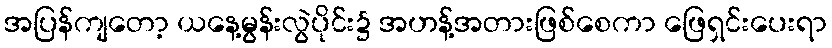
အပြန်ကျတော့ ယနေ့မွန်းလွဲပိုင်း၌ အဟန့်အတားဖြစ်စေကာ ဖြေရှင်းပေးရာ